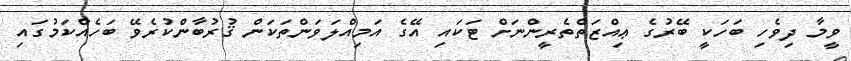
ވީމާ ދިވެހި ބަހަކީ ބޭރުގެ ޢިއްޒަތްތެރީންނަށް ޓަކައި އޭގެ އަމިއްލަވަންތަކަން ޤުރުބާންކުރެވޭ ބަހެއްކަމުގައި